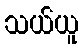
သယ်ယူ